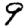
Digit: 9